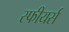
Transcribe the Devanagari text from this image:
स्फीयर्स